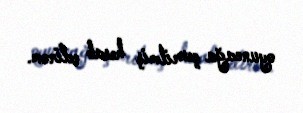
oyuncağa çevrilmiş hesab edirəm.